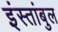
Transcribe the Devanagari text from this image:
इंस्तांबुल